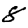
Digit: 8